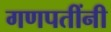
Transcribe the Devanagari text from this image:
गणपतींनी